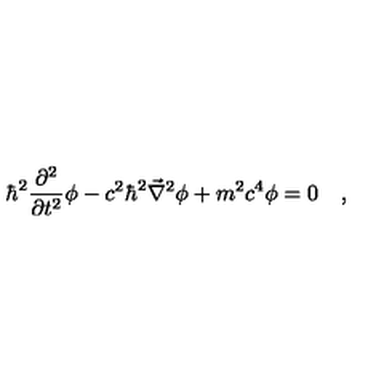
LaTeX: \hbar ^ { 2 } \frac { \partial ^ { 2 } } { \partial t ^ { 2 } } \phi - c ^ { 2 } \hbar ^ { 2 } \vec { \nabla } ^ { 2 } \phi + m ^ { 2 } c ^ { 4 } \phi = 0 \quad ,